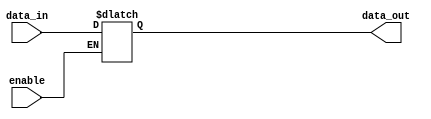
module latch (
    input wire data_in,
    input wire enable,
    output reg data_out
);

always @(data_in or enable) begin
    if (enable) begin
        data_out <= data_in;
    end
end

endmodule